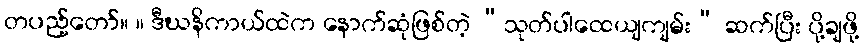
တပည့်တော်။ ။ ဒီဃနိကာယ်ထဲက နောက်ဆုံဖြစ်တဲ့ “သုတ်ပါထေယျကျမ်း” ဆက်ပြီး ပို့ချဖို့